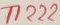
Text: T1222